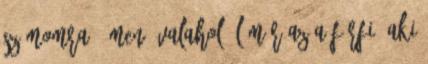
számomra. Ámen. valahol él már az a férfi, aki